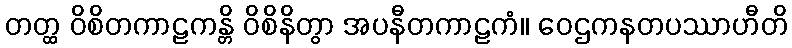
တတ္ထ ဝိစိတကာဠကန္တိ ဝိစိနိတွာ အပနီတကာဠကံ။ ဝေဌကနတပဿာဟီတိ